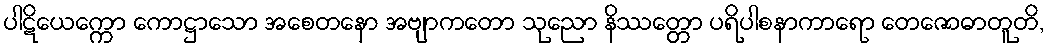
ပါဋိယေက္ကော ကောဋ္ဌာသော အစေတနော အဗျာကတော သုညော နိဿတ္တော ပရိပါစနာကာရော တေဇောဓာတူတိ,